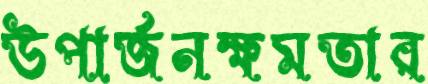
উপার্জনক্ষমতার